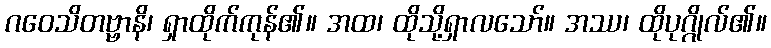
ဂဝေသိတဗ္ဗာနိ၊ ရှာထိုက်ကုန်၏။ အထ၊ ထိုသို့ရှာလသော်။ အဿ၊ ထိုပုဂ္ဂိုလ်၏။